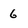
Character: 6